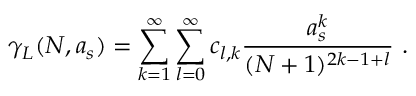
\gamma _ { L } ( N , a _ { s } ) = \sum _ { k = 1 } ^ { \infty } \sum _ { l = 0 } ^ { \infty } c _ { l , k } \frac { a _ { s } ^ { k } } { ( N + 1 ) ^ { 2 k - 1 + l } } ~ .